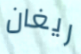
ريغان